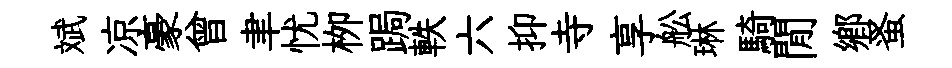
斌凉豪曾聿忧栁跼軼六抑寺享舩琳騎閒郷蚤